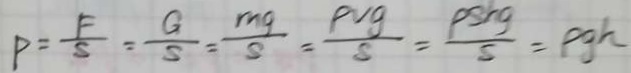
P = \frac { F } { S } = \frac { G } { S } = \frac { m g } { S } = \frac { P v g } { S } = \frac { \rho S h g } { S } = \rho g h